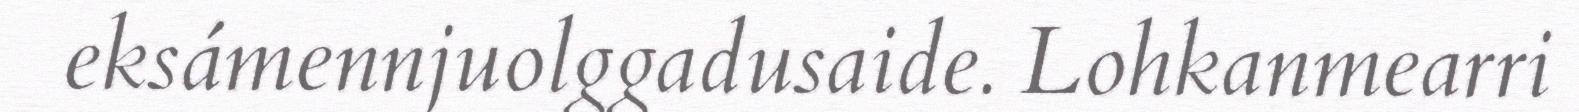
eksámennjuolggadusaide. Lohkanmearri